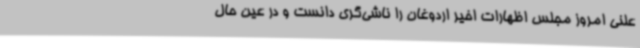
علنی امروز مجلس اظهارات اخیر اردوغان را ناشی‌گری دانست و در عین حال